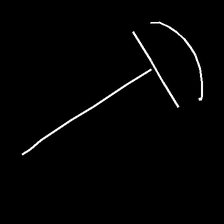
Glyph: dispersion